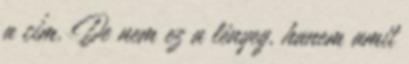
a cím. De nem ez a lényeg, hanem amit